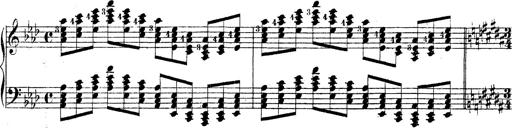
Title: Technische Studien
Composer: Franz Liszt